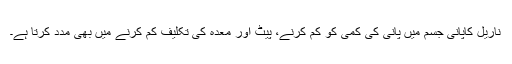
ناریل کاپانی جسم میں پانی کی کمی کو کم کرنے، پیٹ اور معدہ کی تکلیف کم کرنے میں بھی مدد کرتا ہے۔